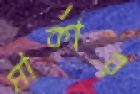
মার্কার